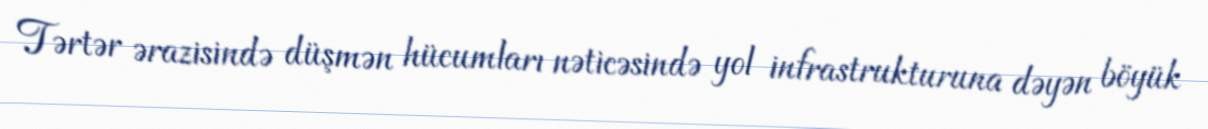
Tərtər ərazisində düşmən hücumları nəticəsində yol infrastrukturuna dəyən böyük